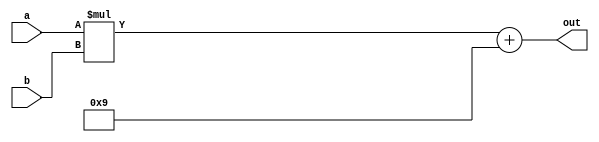
module multiplier_test(a,b,out);
	input [7:0] a,b;
	output [7:0] out;
	
	
	
	assign out = (a*b) + 7'd9;
	
	
	
	endmodule